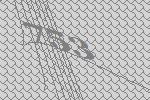
753